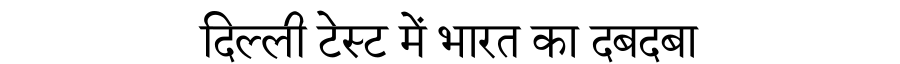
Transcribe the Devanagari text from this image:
दिल्ली टेस्ट में भारत का दबदबा